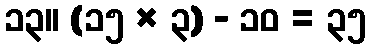
၁၃။ (၁၅ × ၃) - ၁၀ = ၃၅